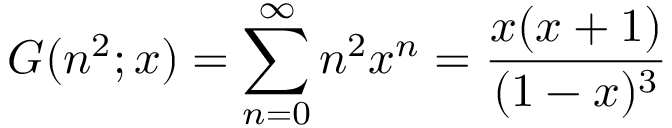
G ( n ^ { 2 } ; x ) = \sum _ { n = 0 } ^ { \infty } n ^ { 2 } x ^ { n } = { \frac { x ( x + 1 ) } { ( 1 - x ) ^ { 3 } } }